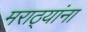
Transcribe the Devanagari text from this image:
मराठ्‍यांना